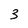
Character: 3